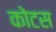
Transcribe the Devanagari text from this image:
कोटस